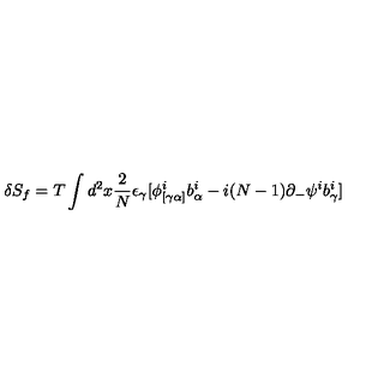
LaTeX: \delta S _ { f } = T \int d ^ { 2 } x { \frac { 2 } { N } } \epsilon _ { \gamma } [ \phi _ { [ \gamma \alpha ] } ^ { i } b _ { \alpha } ^ { i } - i ( N - 1 ) \partial _ { - } \psi ^ { i } b _ { \gamma } ^ { i } ]